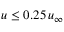
u \leq 0 . 2 5 \, u _ { \infty }